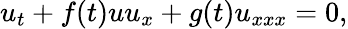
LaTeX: u_{t}+f(t)uu_{x}+g(t)u_{xxx}=0,